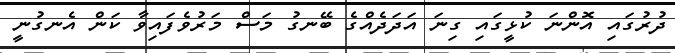
ދުރުގައި އޮންނަ ކުޅީގައި ގިނަ އަދަދެއްގެ ބޭނގު މަސް މަރުވެފައިވާ ކަން އެނގުނީ